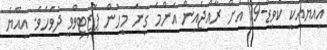
އިއްޔެއަކީ ކޮވިޑް-19 އަށް ރާއްޖެއިން އެންމެ ގިނަ މީހުން ޕޮޒިޓިވްވީ ދުވަހެވެ. އިއްޔެ